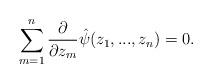
LaTeX: \begin{align*}\sum_{m=1}^n \frac{\partial}{\partial z_m}\hat{\psi}(z_1,...,z_n) = 0.\end{align*}